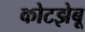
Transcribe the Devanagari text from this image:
कोटझेबू